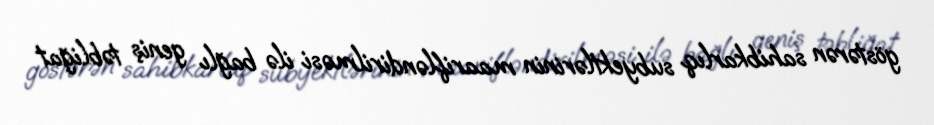
göstərən sahibkarlıq subyektlərinin maarifləndirilməsi ilə bağlı geniş təbliğat